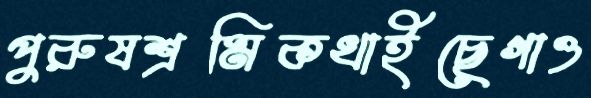
পুরুষশ্রমিকখাইছেগাও